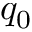
q _ { 0 }